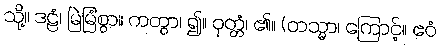
သို့။ ဒဠံ၊ မြဲမြံစွာ။ ကတွာ၊ ၍။ ဝုတ္တံ၊ ၏။ (တသ္မာ၊ ကြောင့်။ ဧဝံ